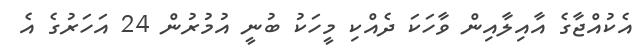
އެކުއްޖާގެ އާއިލާއިން ވާހަކަ ދެއްކި މީހަކު ބުނީ އުމުރުން 24 އަހަރުގެ އެ